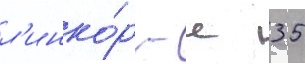
л'инко́р - с 35